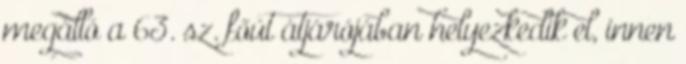
megálló a 63. sz. főút átjárójában helyezkedik el, innen